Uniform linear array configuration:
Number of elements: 8
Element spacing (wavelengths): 0.5
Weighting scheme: binomial
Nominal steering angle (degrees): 0
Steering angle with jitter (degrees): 0.652
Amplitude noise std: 0.05
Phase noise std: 0.05

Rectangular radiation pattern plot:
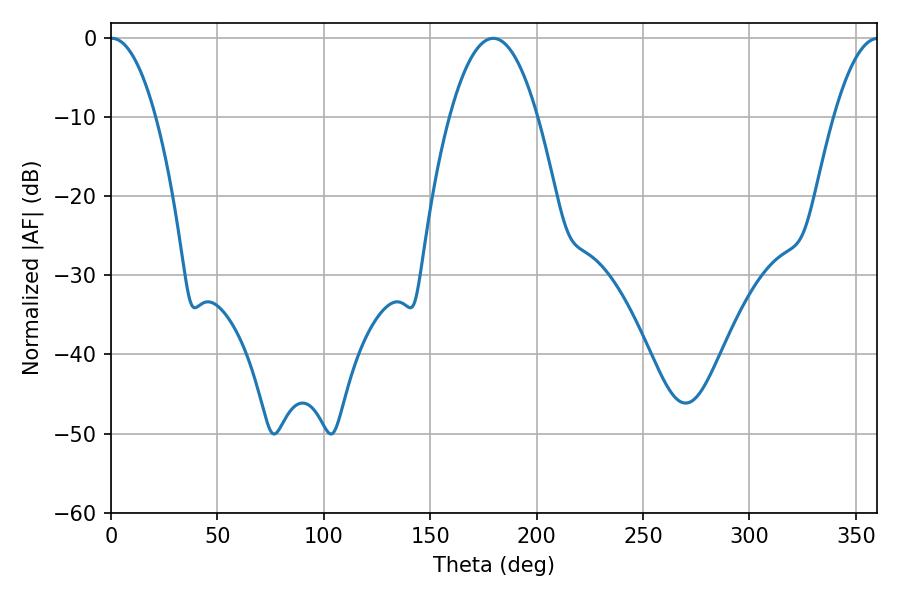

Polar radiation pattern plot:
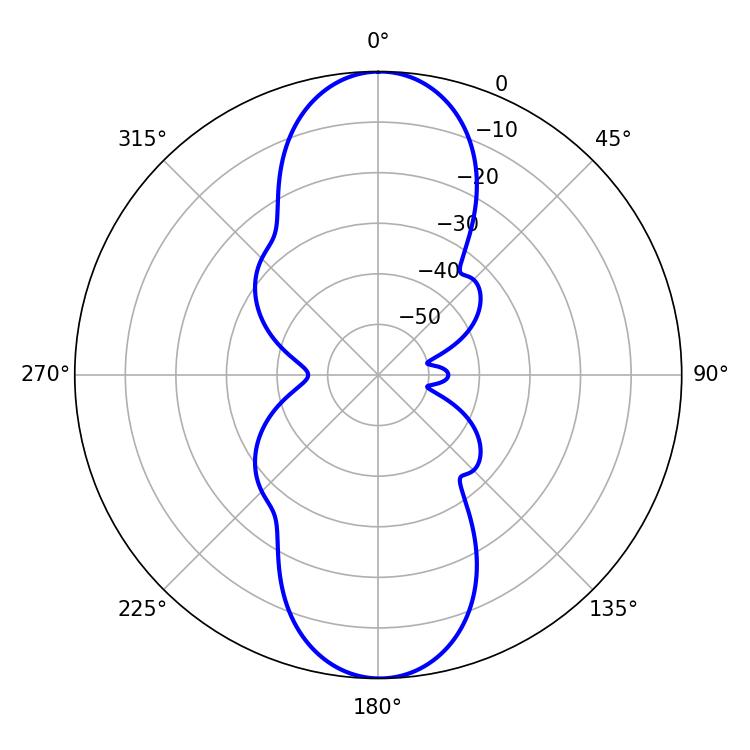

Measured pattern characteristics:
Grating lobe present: FALSE
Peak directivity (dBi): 28.033
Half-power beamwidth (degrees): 11.7
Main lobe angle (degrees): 0.36